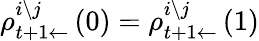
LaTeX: \rho_{t+1\leftarrow}^{i\setminus j}\left(0\right)=\rho_{t+1\leftarrow}^{i\setminus j}\left(1\right)